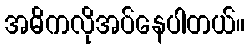
အဓိကလိုအပ်နေပါတယ်။